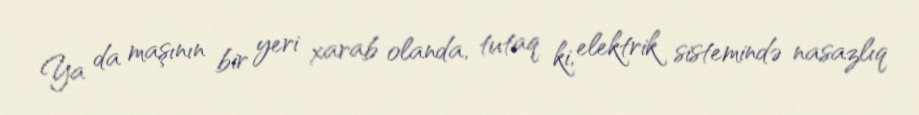
Ya da maşının bir yeri xarab olanda, tutaq ki, elektrik sistemində nasazlıq